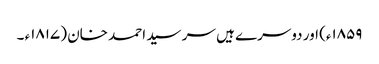
۱۸۵۹ء) اور دوسرے ہیں سر سید احمد خان (۱۸۱۷ء ۔